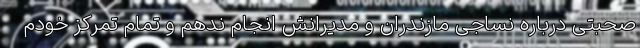
صحبتی درباره نساجی مازندران و مدیرانش انجام ندهم و تمام تمرکز خودم